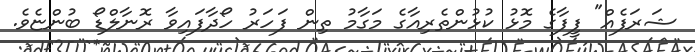
ޝަރަފެއް" ފީފާގެ މޮޅު ކުޅުންތެރިއާގެ މަގާމު ތިން ފަހަރު ހޯދާފައިވާ ރޮނާލްޑޯ ބުންޏެވެ.